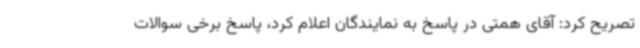
تصریح کرد: آقای همتی در پاسخ به نمایندگان اعلام کرد، پاسخ برخی سوالات